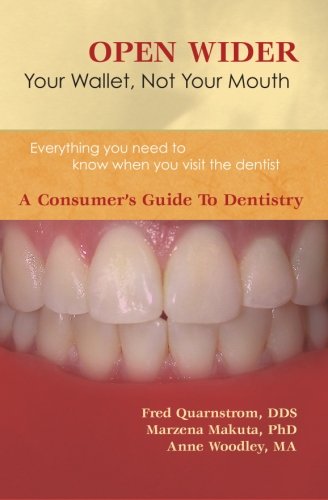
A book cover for Open Wider: Your Wallet Not Your Mouth - A Consumers Guide to Dentistry; Fred Quarnstrom; Medical Books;